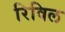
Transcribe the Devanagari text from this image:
रिविल